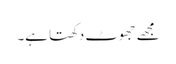
مجھے جھوٹ دکھتا ہے۔